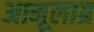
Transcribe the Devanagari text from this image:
अामूलाग्र